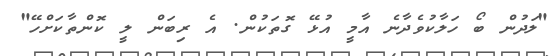
"ލަދުން ބޯ ހަލާކުވެދާނެ އާމީ އުޅޭ ގޮތަކުން. އެ ރިބަން ލީ ކޮންތާކަށްހޭ"